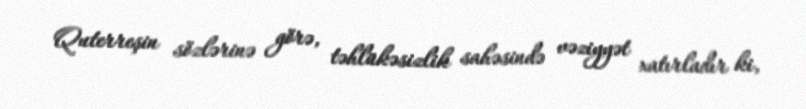
Quterreşin sözlərinə görə, təhlükəsizlik sahəsində vəziyyət xatırladır ki,